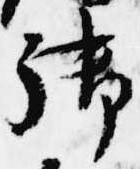
御